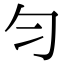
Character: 匀